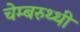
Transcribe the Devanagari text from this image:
चेम्बरुथ्थी